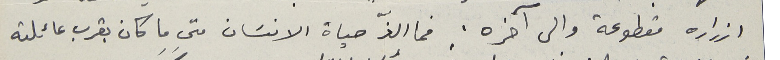
ازراره مقطوعة وإلى آخره. فما الذّ حياة الانسَان متى ما كان بقرب عائلته